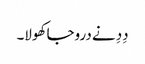
دِدِ نے دروجا کھولا۔